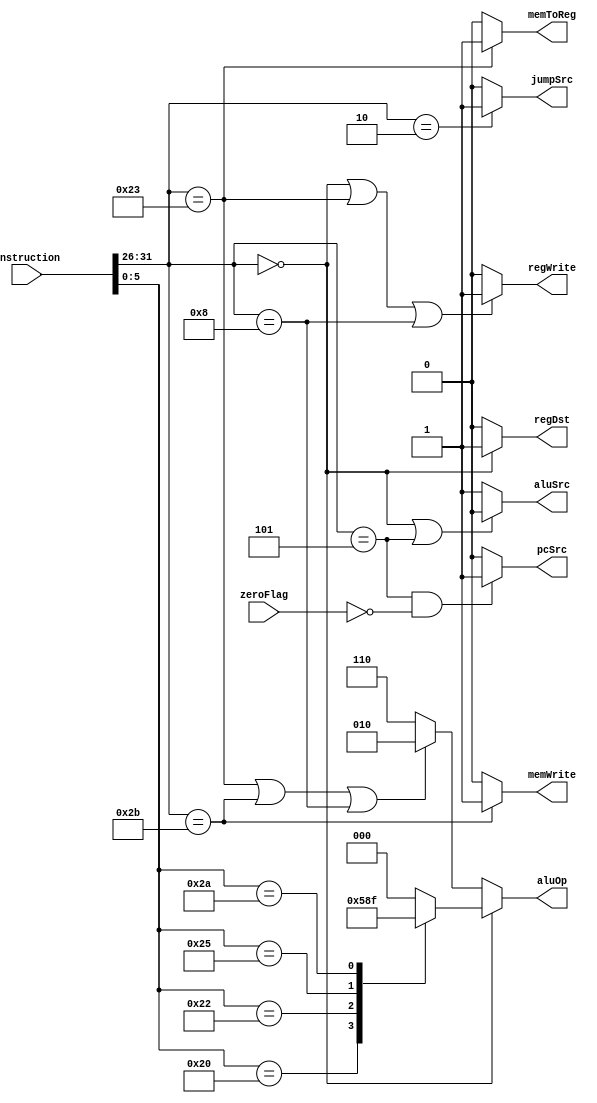
`timescale 1ns / 1ps
//////////////////////////////////////////////////////////////////////////////////
// Company: 
// Engineer: 
// 
// Design Name: 
// Module Name: controlLogic
// Project Name: 
// Target Devices: 
// Tool Versions: 
// Description: 
// 
// Dependencies: 
// 
// Revision:
// Revision 0.01 - File Created
// Additional Comments:
// 
//////////////////////////////////////////////////////////////////////////////////
`define lw    'b100011
`define sw    'b101011
`define addi  'b001000
`define bne   'b000101
`define rtype 'b000000
`define add   'b100000
`define sub   'b100010
`define andOp 'b100100
`define orOp  'b100101
`define slt   'b101010
`define jump  'b000010

module controlLogic(
input   [31:0] instruction,
input          zeroFlag,
output reg     regDst,
output reg     regWrite,
output reg     aluSrc,
output reg [2:0]   aluOp,
output reg     memWrite,
output reg     memToReg,
output         pcSrc,
output         jumpSrc

);

wire [5:0] opCode;
wire [5:0] func;

assign func = instruction[5:0];
assign opCode = instruction[31:26]; 
assign pcSrc = (opCode == `bne & ~zeroFlag) ? 1'b1 : 1'b0;
assign jumpSrc = (opCode == `jump) ? 1'b1 : 1'b0;
always @(*)
begin
    regDst = 0;
    if(opCode == `rtype)
        regDst = 1'b1;
    else
        regDst = 1'b0;
end

always @(*)
begin
    regWrite = 0;
    if(opCode == `rtype | opCode == `lw | opCode == `addi)
        regWrite = 1'b1;
    else
        regWrite = 1'b0;
end

always @(*)
begin
    aluSrc = 0;
    if(opCode == `rtype | opCode == `bne)
        aluSrc = 1'b0;
    else
        aluSrc = 1'b1;
end

always @(*)
begin
    aluOp = 3'd0;
    if(opCode == `rtype)
    begin
        case(func)
            `add:aluOp = 3'b010;
            `sub:aluOp = 3'b110;
            `andOp:aluOp = 3'b000;
            `orOp:aluOp = 3'b001;
            `slt:aluOp = 3'b111;
            default:aluOp = 3'b000;
        endcase
    end
    else if(opCode == `lw | opCode == `sw | opCode == `addi)
        aluOp = 3'b010;
    else
        aluOp = 3'b110;
end


always @(*)
begin
    memWrite = 0;
    if(opCode == `sw)
        memWrite = 1'b1;
    else
        memWrite = 1'b0;
end

always @(*)
begin
    memToReg = 0;
    if(opCode == `lw)
        memToReg = 1'b1;
    else
        memToReg = 1'b0;
end

endmodule